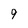
Character: 9